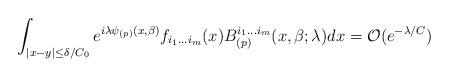
LaTeX: \begin{align*}\int_{|x-y|\leq\delta/C_{0}}e^{i\lambda \psi_{(p)}(x,\beta)}f_{i_{1}\dots i_{m}}(x)B_{(p)}^{i_{1}\dots i_{m}}(x,\beta;\lambda)dx=\mathcal{O}(e^{-\lambda/C})\end{align*}